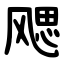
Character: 飔